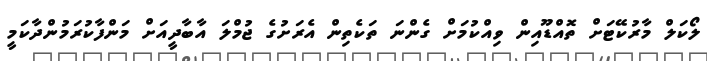
ލޯކަލް މާރުކޭޓަށް ތޮއްޑޫއިން ވިއްކުމަށް ގެންނަ ތަކެތިން އެރަށުގެ ޖުމްލަ އާބާދީއަށް މަންފާކުރަމުންދާކަމީ